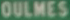
OULMES